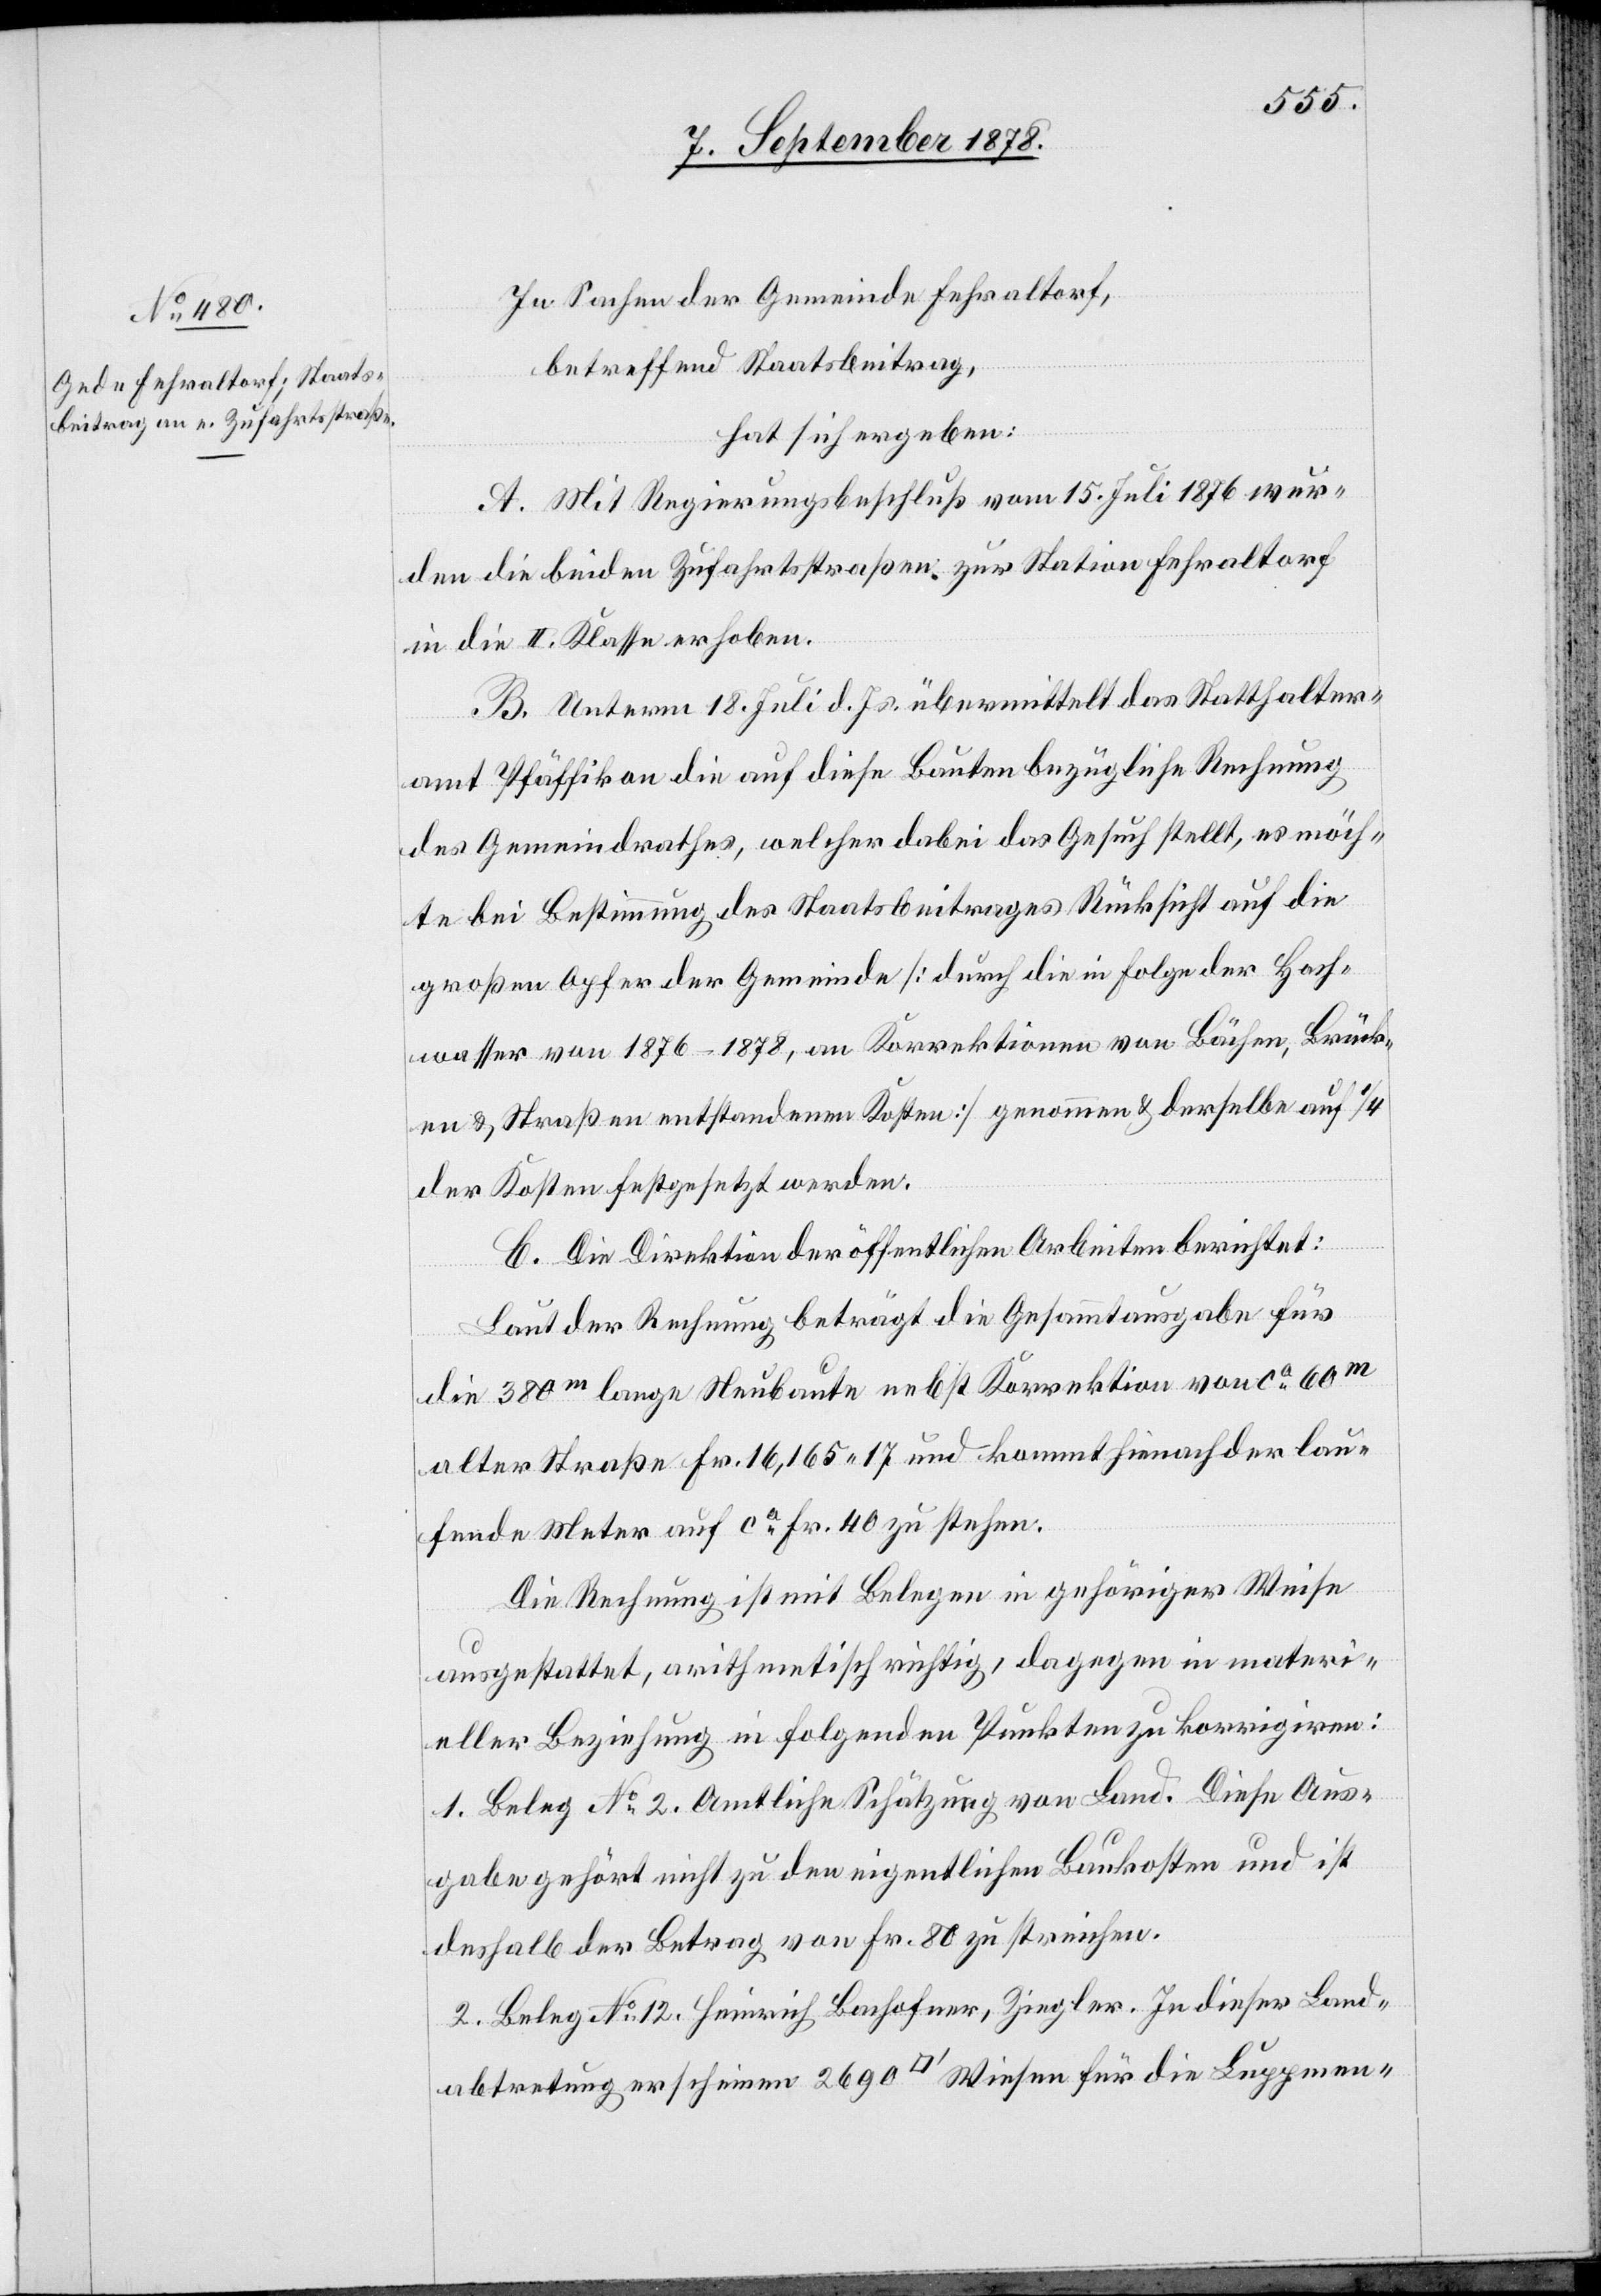
In Sachen der Gemeinde Fehraltorf,
betreffend Staatsbeitrag,
hat sich ergeben:
A. Mit Regierungsbeschluß vom 15. Juli 1876 wur¬
den die beiden Zufahrtsstraßen zur Station Fehraltorf
in die II. Klasse erhoben.
B. Unterm 18. Juli d. Js. übermittelt das Statthalter¬
amt Pfäffikon die auf diese Bauten bezügliche Rechnung
des Gemeindrathes, welcher dabei das Gesuch stellt, es möch¬
te bei Bestimmung des Staatsbeitrages Rücksicht auf die
großen Opfer der Gemeinde [durch die in Folge der Hoch¬
wasser von 1876–1878, an Korrektionen von Bächen, Brück¬
en & Straßen entstandenen Kosten] genommen, & derselbe auf 1/4
der Kosten festgesetzt werden.
C. Die Direktion der öffentlichen Arbeiten berichtet:
Laut der Rechnung beträgt die Gesammtausgabe für
die 380m lange Neubaute nebst Korrektion von ca 60m
alter Straße Fr. 16,165 17 und kommt hienach der lau¬
fende Meter auf ca Fr. 40 zu stehen.
Die Rechnung ist mit Belegen in gehöriger Weise
ausgestattet, arithmetisch richtig, dagegen in materi¬
eller Beziehung in folgenden Punkten zu korrigiren:
1. Beleg No 2. Amtliche Schätzung von Land. Diese Aus¬
gabe gehört nicht zu den eigentlichen Baukosten und ist
deshalb der Betrag von Fr. 80 zu streichen.
2. Beleg No 12. Heinrich Bachofner, Ziegler. In dieser Land¬
abtretung erscheinen 2690 [Quadratfuss] Wiesen für die Luppmen-